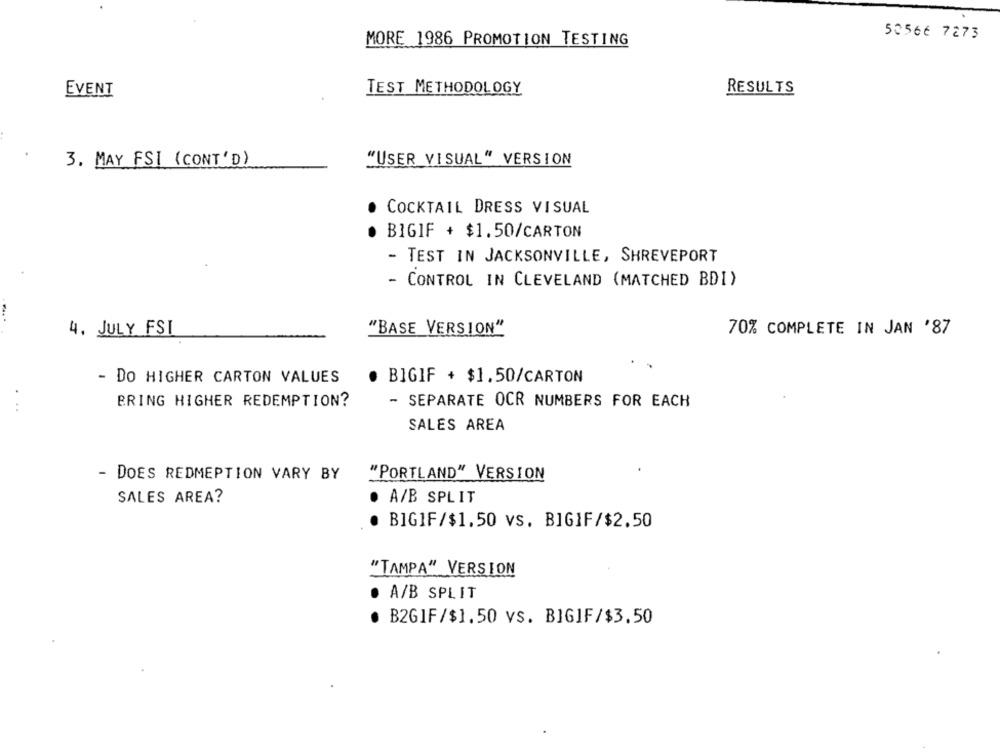
50566 7273
MORE 1986 PROMOTION TESTING
TEST METHODOLOGY
RESULTS
EVENT
3. MAY FSI (CONT'D)
"USER VISUAL" VERSION
COCKTAIL DRESS VISUAL
BIGIF + $1.50/CARTON
- TEST IN JACKSONVILLE, SHREVEPORT
- CONTROL IN CLEVELAND (MATCHED BDI)
4. JULY FSI
"BASE VERSION"
70% COMPLETE IN JAN '87
- DO HIGHER CARTON VALUES
· BIGIF + $1.50/CARTON
BRING HIGHER REDEMPTION?
- SEPARATE OCR NUMBERS FOR EACH
...
SALES AREA
- DOES REDMEPTION VARY BY
"PORTLAND" VERSION
SALES AREA?
A/B SPLIT
BIGIF/$1.50 vs. BIGIF/$2.50
"TAMPA"_VERSION
A/B SPLIT
B2GIF/$1.50 vs. BIGIF/$3.50